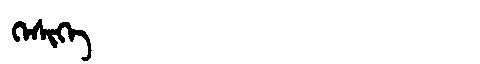
Manchu: ᡴᡝᠰᡳᡴᡝ
Romanization: KESIKE